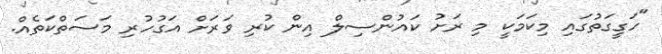
"ހަގީގަތުގައި މިކަމަކީ މި ރަށު ކައުންސިލް އިން ކުރި ވަރަށް އަގުހުރި މަސަތްކަތެއް.